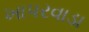
ખાપરવાડા